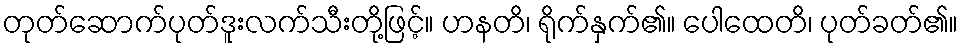
တုတ်ဆောက်ပုတ်ဒူးလက်သီးတို့ဖြင့်။ ဟနတိ၊ ရိုက်နှက်၏။ ပေါထေတိ၊ ပုတ်ခတ်၏။